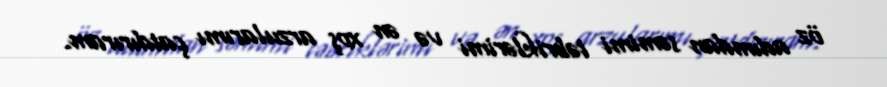
öz adımdan səmimi təbriklərimi və ən xoş arzularımı çatdırıram.